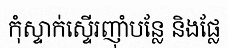
កុំស្ទាក់ស្ទើរញ៉ាំបន្លែ និងផ្លែ